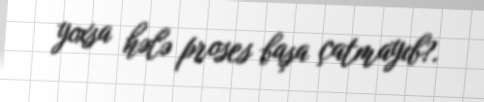
yoxsa hələ proses başa çatmayıb?.